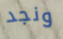
ونجد